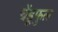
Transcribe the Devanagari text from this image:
चेंडूफुल